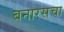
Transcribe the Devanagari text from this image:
बनारसचा